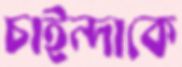
চাইন্দাকে